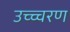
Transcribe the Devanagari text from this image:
उच्च्चरण